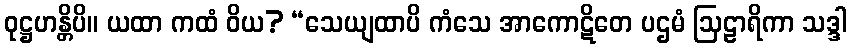
ဝုဋ္ဌဟန္တိပိ။ ယထာ ကထံ ဝိယ? “သေယျထာပိ ကံသေ အာကောဋိတေ ပဌမံ ဩဠာရိကာ သဒ္ဒါ